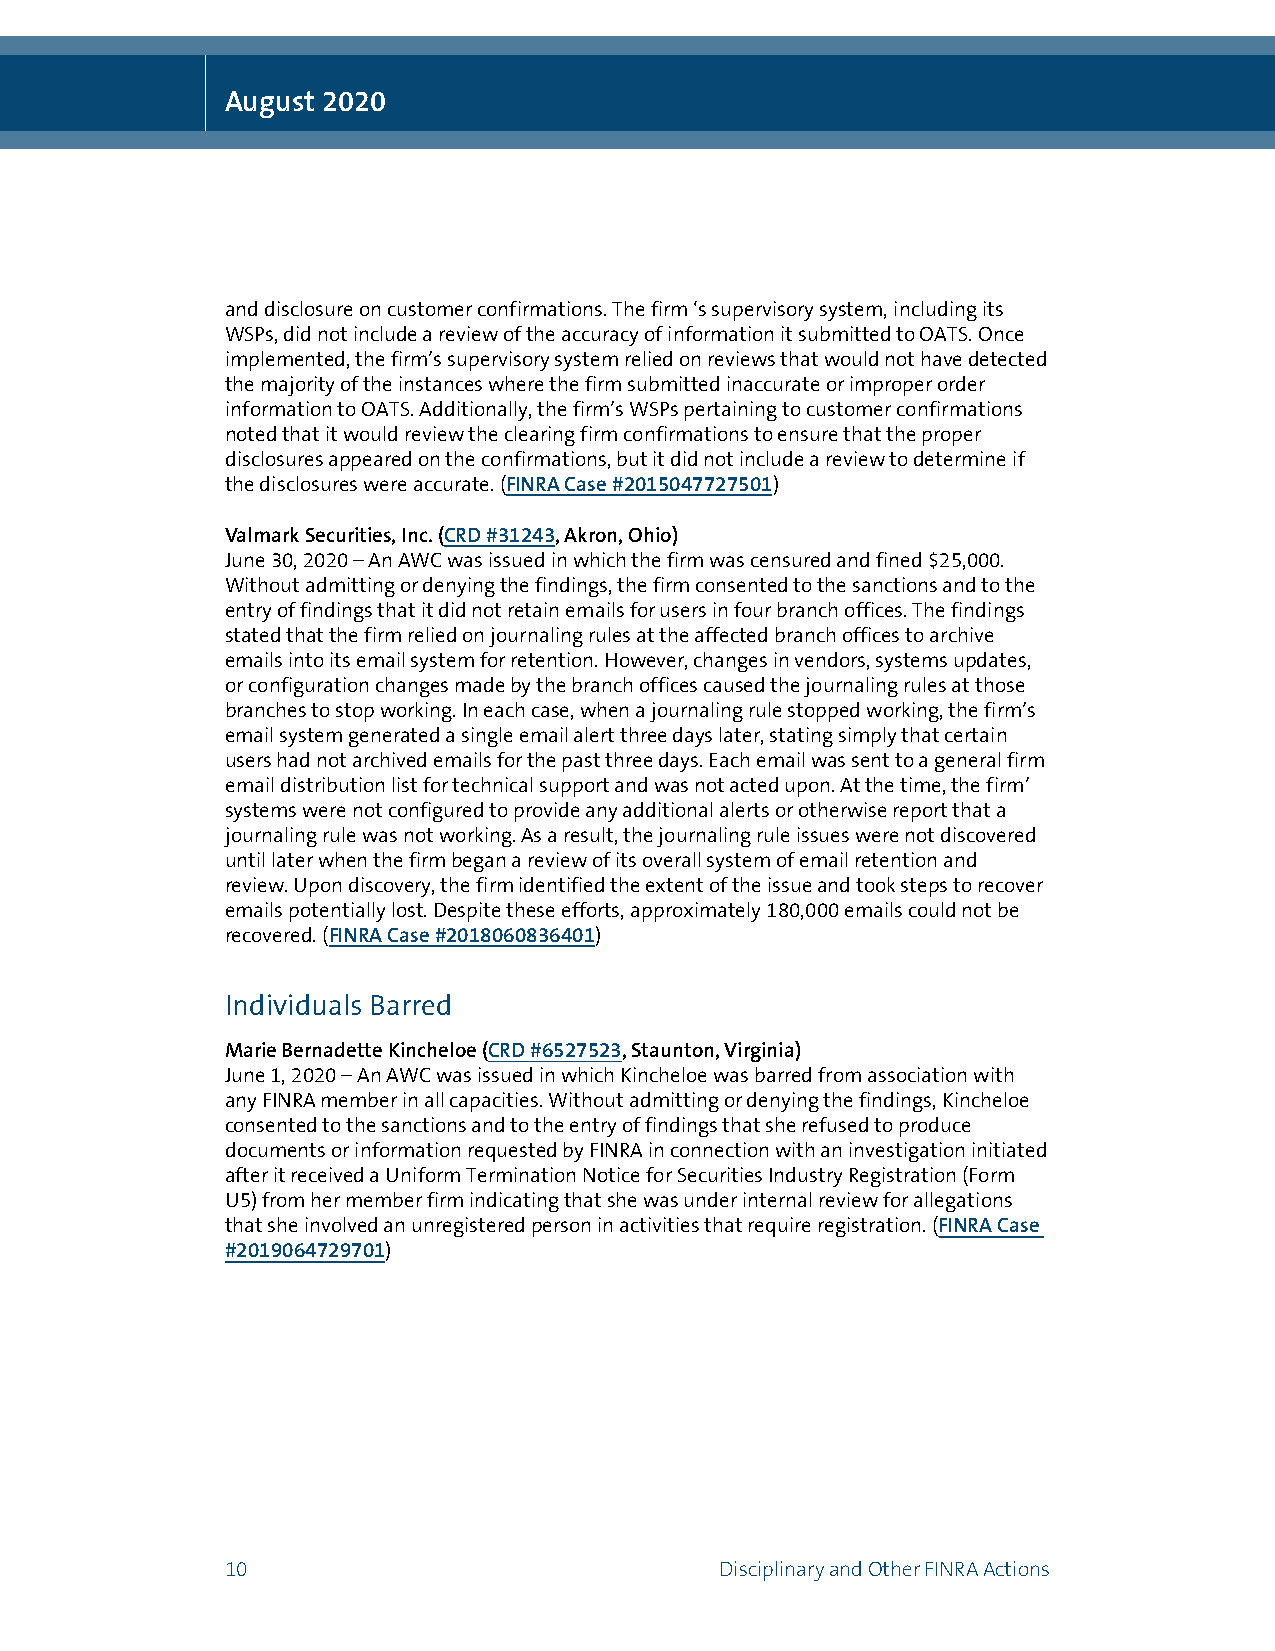
August 2020
 and disclosure on customer confirmations. The firm ‘s supervisory system, including its
 WSPs, did not include a review of the accuracy of information it submitted to OATS. Once
 implemented, the firm’s supervisory system relied on reviews that would not have detected
 the majority of the instances where the firm submitted inaccurate or improper order
 information to OATS. Additionally, the firm’s WSPs pertaining to customer confirmations
 noted that it would review the clearing firm confirmations to ensure that the proper
 disclosures appeared on the confirmations, but it did not include a review to determine if
 the disclosures were accurate. (FINRA Case #2015047727501)
 Valmark Securities, Inc. (CRD #31243, Akron, Ohio)
 June 30, 2020 – An AWC was issued in which the firm was censured and fined $25,000.
 Without admitting or denying the findings, the firm consented to the sanctions and to the
 entry of findings that it did not retain emails for users in four branch offices. The findings
 stated that the firm relied on journaling rules at the affected branch offices to archive
 emails into its email system for retention. However, changes in vendors, systems updates,
 or configuration changes made by the branch offices caused the journaling rules at those
 branches to stop working. In each case, when a journaling rule stopped working, the firm’s
 email system generated a single email alert three days later, stating simply that certain
 users had not archived emails for the past three days. Each email was sent to a general firm
 email distribution list for technical support and was not acted upon. At the time, the firm’
 systems were not configured to provide any additional alerts or otherwise report that a
 journaling rule was not working. As a result, the journaling rule issues were not discovered
 until later when the firm began a review of its overall system of email retention and
 review. Upon discovery, the firm identified the extent of the issue and took steps to recover
 emails potentially lost. Despite these efforts, approximately 180,000 emails could not be
 recovered. (FINRA Case #2018060836401)
 Individuals Barred
 Marie Bernadette Kincheloe (CRD #6527523, Staunton, Virginia)
 June 1, 2020 – An AWC was issued in which Kincheloe was barred from association with
 any FINRA member in all capacities. Without admitting or denying the findings, Kincheloe
 consented to the sanctions and to the entry of findings that she refused to produce
 documents or information requested by FINRA in connection with an investigation initiated
 after it received a Uniform Termination Notice for Securities Industry Registration (Form
 U5) from her member firm indicating that she was under internal review for allegations
 that she involved an unregistered person in activities that require registration. (FINRA Case
 #2019064729701)
 10                               Disciplinary and Other FINRA Actions